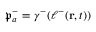
\mathfrak { p } _ { a } ^ { - } = \gamma ^ { - } ( \ell ^ { - } ( \mathbf { r } , t ) )